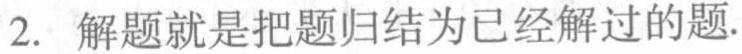
2. 解题就是把题归结为已经解过的题.